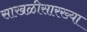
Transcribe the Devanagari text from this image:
साखळीसारख्या